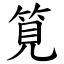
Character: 筧